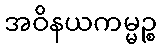
အဝိနယကမ္မဉ္စ